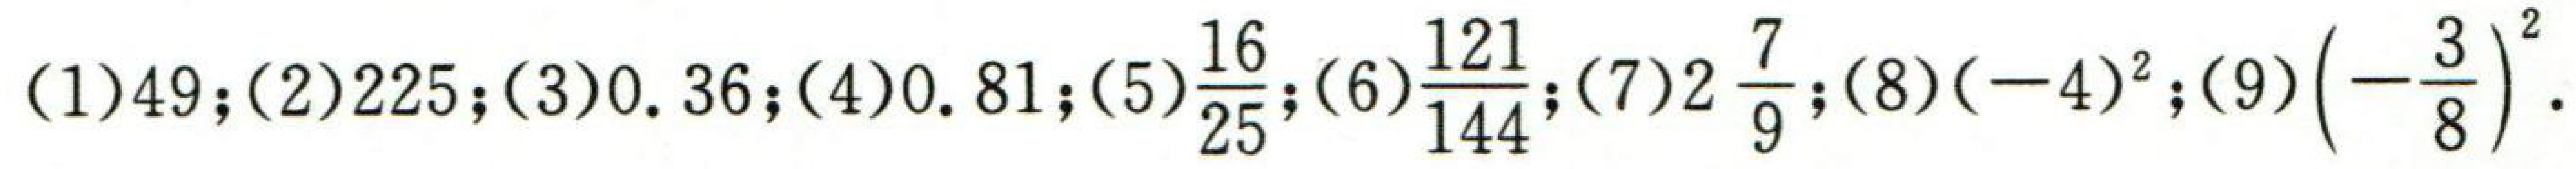
(1)$49$；(2)$225$；(3)$0.36$；(4)$0.81$；(5)$\dfrac{16}{25}$；(6)$\dfrac{121}{144}$；(7)$2\dfrac{7}{9}$；(8)$(-4)^{2}$；(9)$\left(-\dfrac{3}{8}\right)^{2}$.